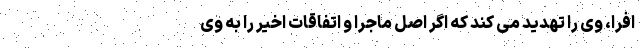
افرا، وی را تهدید می کند که اگر اصل ماجرا و اتفاقات اخیر را به وی